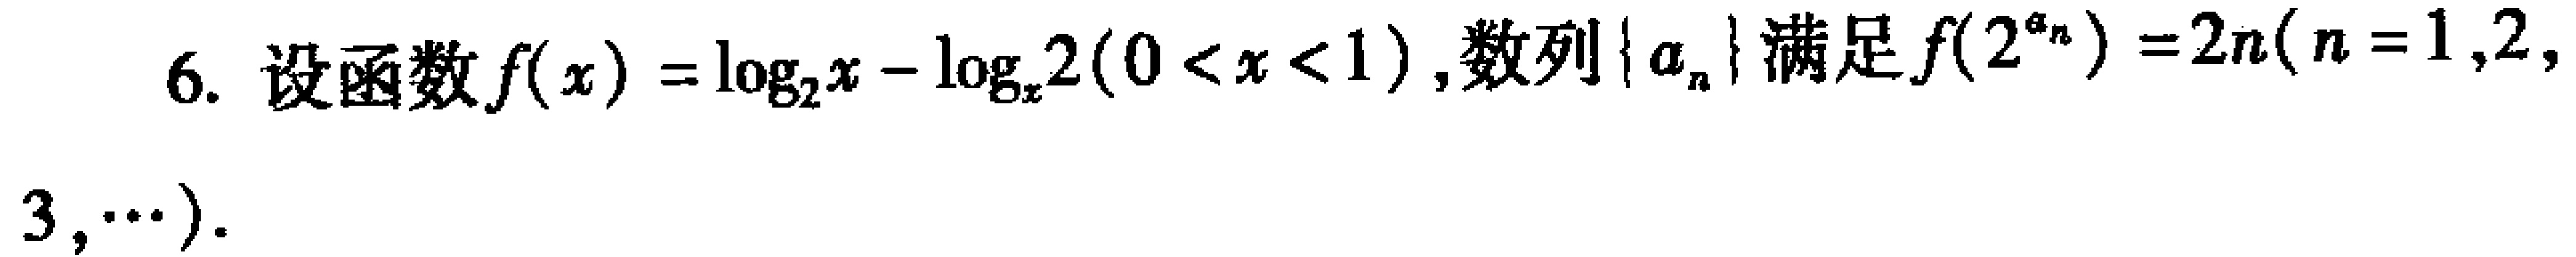
6. 设函数\(f(x)=\log_{2}x - \log_{x}2(0 < x < 1)\)，数列\(\{a_{n}\}\)满足\(f(2^{a_{n}})=2n(n = 1,2,3,\cdots)\)。